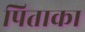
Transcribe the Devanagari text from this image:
पिताका